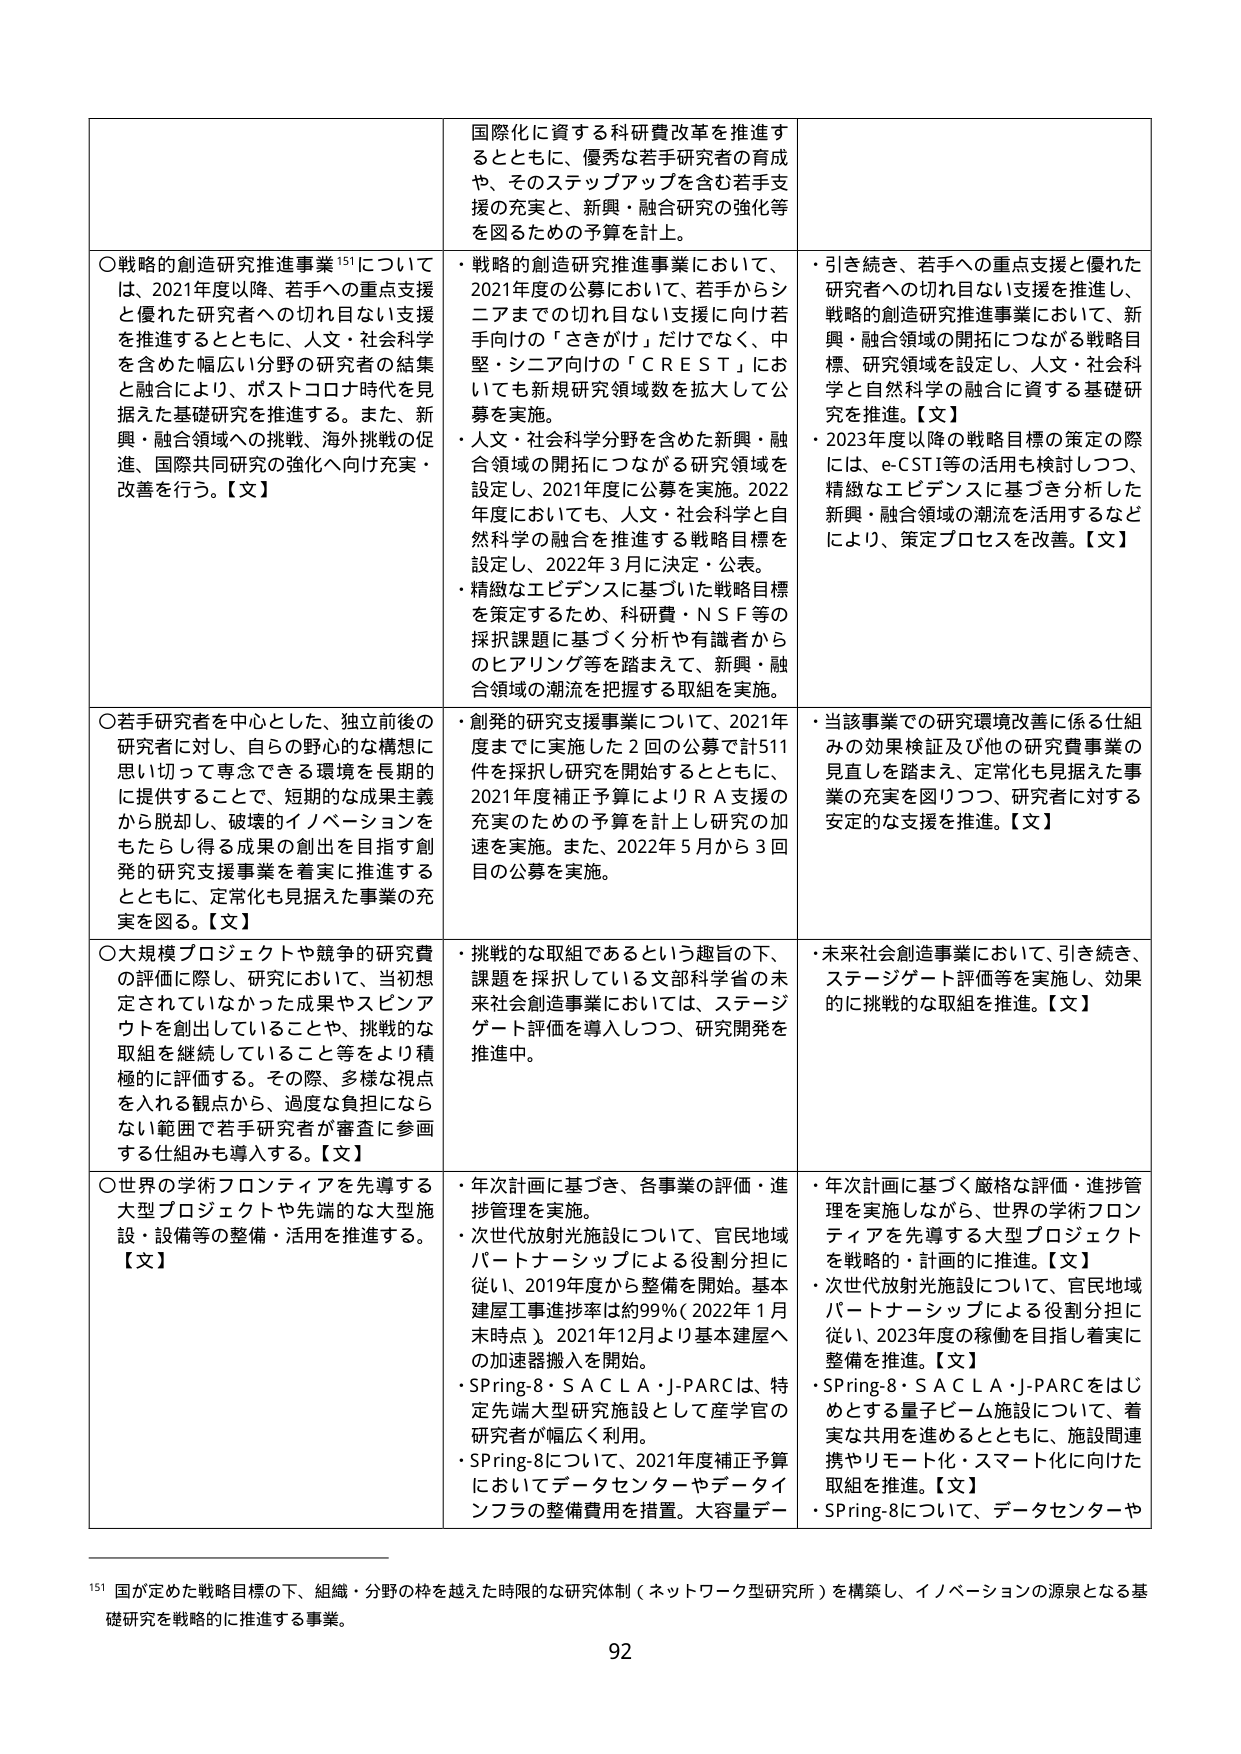
国際化に資する科研費改革を推進するとともに、優秀な若手研究者の育成や、そのステップアップを含む若手支援の充実と、新興・融合研究の強化等を図るための予算を計上。

○戦略的創造研究推進事業¹⁵¹について は、2021年度以降、若手への重点支援と優れた研究者への切れ目ない支援を推進するとともに、人文・社会科学を含めた幅広い分野の研究者の結集と融合により、ポストコロナ時代を見据えた基礎研究を推進する。また、新興・融合領域への挑戦、海外挑戦の促進、国際共同研究の強化へ向け充実・改善を行う。【文】

・戦略的創造研究推進事業において、2021年度の公募において、若手からシニアまでの切れ目ない支援に向け若手向けの「さきがけ」だけでなく、中堅・シニア向けの「ＣＲＥＳＴ」においても新規研究領域数を拡大して公募を実施。
・人文・社会科学分野を含めた新興・融合領域の開拓につながる研究領域を設定し、2021年度に公募を実施。2022年度においても、人文・社会科学と自然科学の融合を推進する戦略目標を設定し、2022年3月に決定・公表。
・精緻なエビデンスに基づいた戦略目標を策定するため、科研費・ＮＳＦ等の採択課題に基づく分析や有識者からのヒアリング等を踏まえて、新興・融合領域の潮流を把握する取組を実施。

・引き続き、若手への重点支援と優れた研究者への切れ目ない支援を推進し、戦略的創造研究推進事業において、新興・融合領域の開拓につながる戦略目標、研究領域を設定し、人文・社会科学と自然科学の融合に資する基礎研究を推進。【文】
・2023年度以降の戦略目標の策定の際には、e-CST等の活用も検討しつつ、精緻なエビデンスに基づき分析した新興・融合領域の潮流を活用するなどにより、策定プロセスを改善。【文】

○若手研究者を中心とした、独立前後の研究者に対し、自らの野心的な構想に思い切って専念できる環境を長期的に提供することや、短期的な成果主義から脱却し、破壊的イノベーションをもたらし得る成果の創出を目指す創発的研究支援事業を着実に推進するとともに、定常化も見据えた事業の充実を図る。【文】

・創発的研究支援事業について、2021年度までに実施した2回の公募で計511件を採択し研究を開始するとともに、2021年度補正予算によりＲＡ支援の充実のための予算を計上し研究の加速を実施。また、2022年5月から3回目の公募を実施。

・当該事業での研究環境改善に係る仕組みの効果検証及び他の研究費事業の見直しを踏まえ、定常化も見据えた事業の充実を図りつつ、研究者に対する安定的な支援を推進。【文】

○大規模プロジェクトや競争的研究費の評価に際し、研究において、当初想定されていなかった成果やスピンアウトを創出していることや、挑戦的な取組を継続していること等をより積極的に評価する。その際、多様な視点を入れる観点から、過度な負担にならない範囲で若手研究者が審査に参画する仕組みも導入する。【文】

・挑戦的な取組であるという趣旨の下、課題を採択している文部科学省の未来社会創造事業においては、ステージゲート評価を導入しつつ、研究開発を推進中。

・未来社会創造事業において、引き続き、ステージゲート評価等を実施し、効果的に挑戦的な取組を推進。【文】

○世界の学術フロンティアを先導する大型プロジェクトや先端的な大型施設・設備等の整備・活用を推進する。【文】

・年次計画に基づき、各事業の評価・進捗管理を実施。
・次世代放射光施設について、官民地域パートナーシップによる役割分担に従い、2019年度から整備を開始。基本建屋工事進捗率は約99％（2022年1月末時点）。2021年12月より基本建屋への加速器搬入を開始。
・SPring-8・SACLA・J-PARCは、特定先端大型研究施設として産学官の研究者が幅広く利用。
・SPring-8について、2021年度補正予算においてデータセンターやデータインフラの整備費用を措置。大容量デー

・年次計画に基づく厳格な評価・進捗管理を実施しながら、世界の学術フロンティアを先導する大型プロジェクトを戦略的・計画的に推進。【文】
・次世代放射光施設について、官民地域パートナーシップによる役割分担に従い、2023年度の稼働を目指し着実に整備を推進。【文】
・SPring-8・SACLA・J-PARCをはじめとする量子ビーム施設について、着実な共用を進めるとともに、施設間連携やリモート化・スマート化に向けた取組を推進。【文】
・SPring-8について、データセンターや

¹⁵¹ 国が定めた戦略目標の下、組織・分野の枠を越えた時限的な研究体制（ネットワーク型研究所）を構築し、イノベーションの源泉となる基礎研究を戦略的に推進する事業。

92